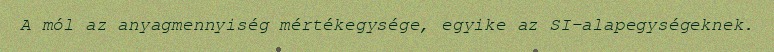
A mól az anyagmennyiség mértékegysége, egyike az SI-alapegységeknek.